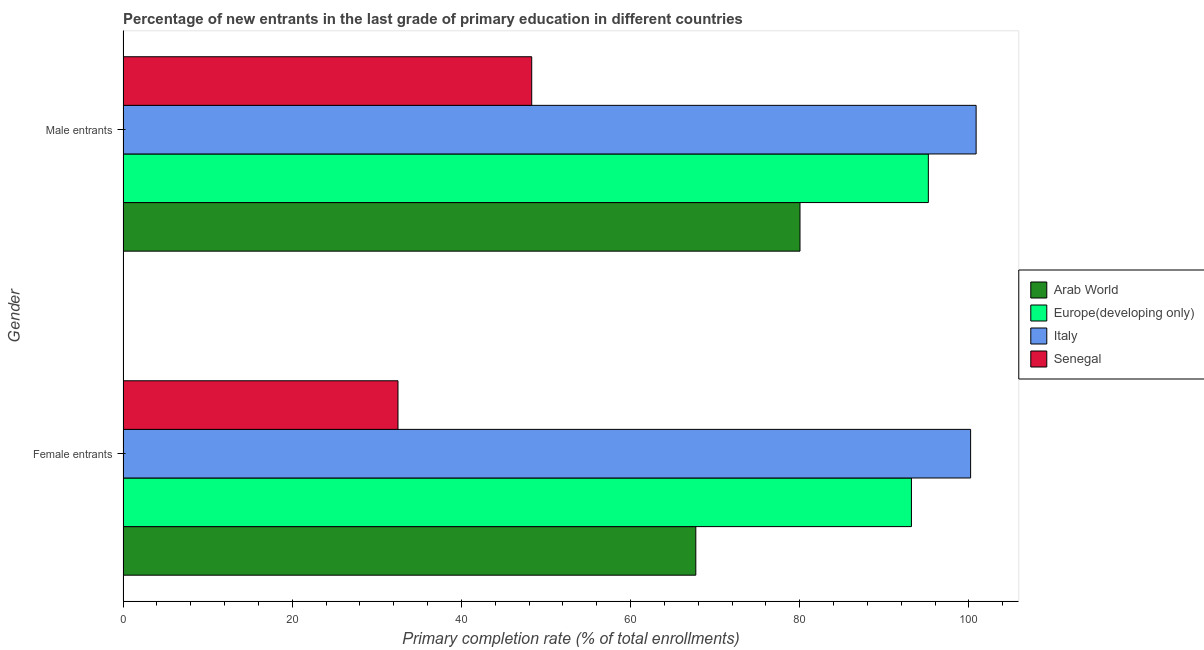
| Gender | Arab World | Europe(developing only) | Italy | Senegal |
 | --- | --- | --- | --- | --- |
 | Female entrants | 67.7 | 93.2 | 100 | 32.5 |
 | Male entrants | 80 | 95.2 | 101 | 48.3 |